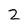
Character: 2